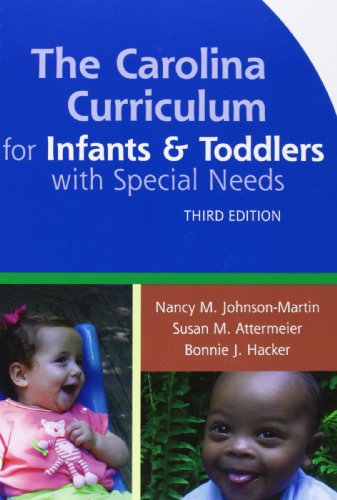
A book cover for The Carolina Curriculum for Infants and Toddlers with Special Needs (CCITSN), Third Edition; Nancy Johnson-Martin Ph.D.; Medical Books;